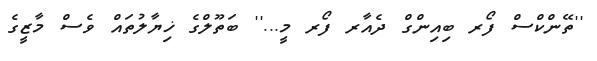
''ތޭންކްސް ފޯރ ބިއިންގް ދެއާރ ފޯރ މީ...'' ބަތޫލްގެ ޚިޔާލުތައް ވެސް މާޒީގެ